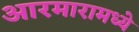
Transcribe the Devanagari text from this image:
आरमारामध्ये